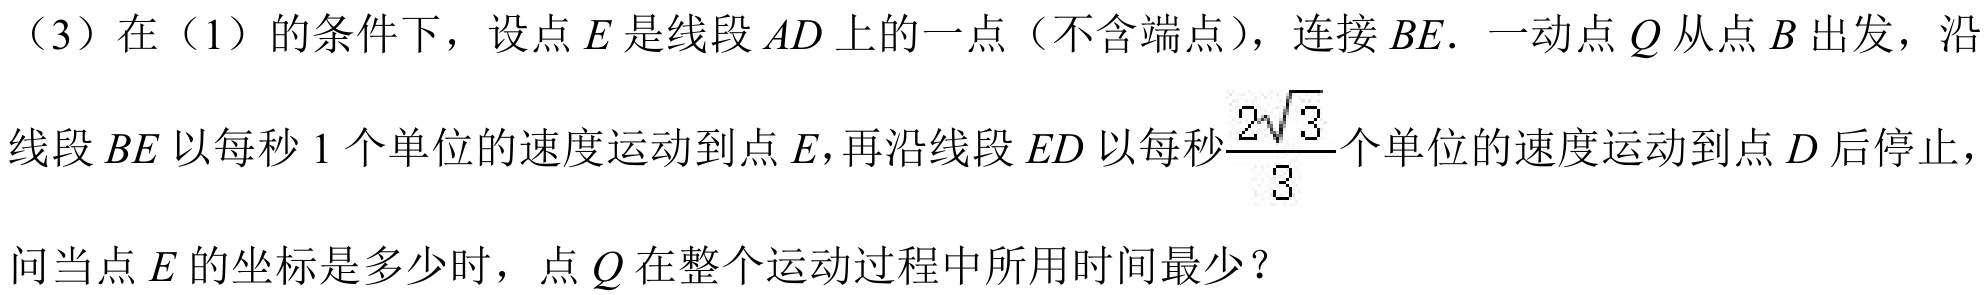
（3）在（1）的条件下，设点\(E\)是线段\(AD\)上的一点（不含端点），连接\(BE\)．一动点\(Q\)从点\(B\)出发，沿线段\(BE\)以每秒\(1\)个单位的速度运动到点\(E\)，再沿线段\(ED\)以每秒\(\frac{2\sqrt{3}}{3}\)个单位的速度运动到点\(D\)后停止，问当点\(E\)的坐标是多少时，点\(Q\)在整个运动过程中所用时间最少？